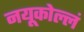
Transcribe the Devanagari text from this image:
नयूकोल्लं